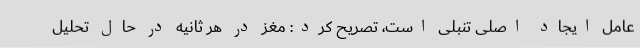
عامل ایجاد اصلی تنبلی است، تصریح کرد: مغز در هر ثانیه در حال تحلیل